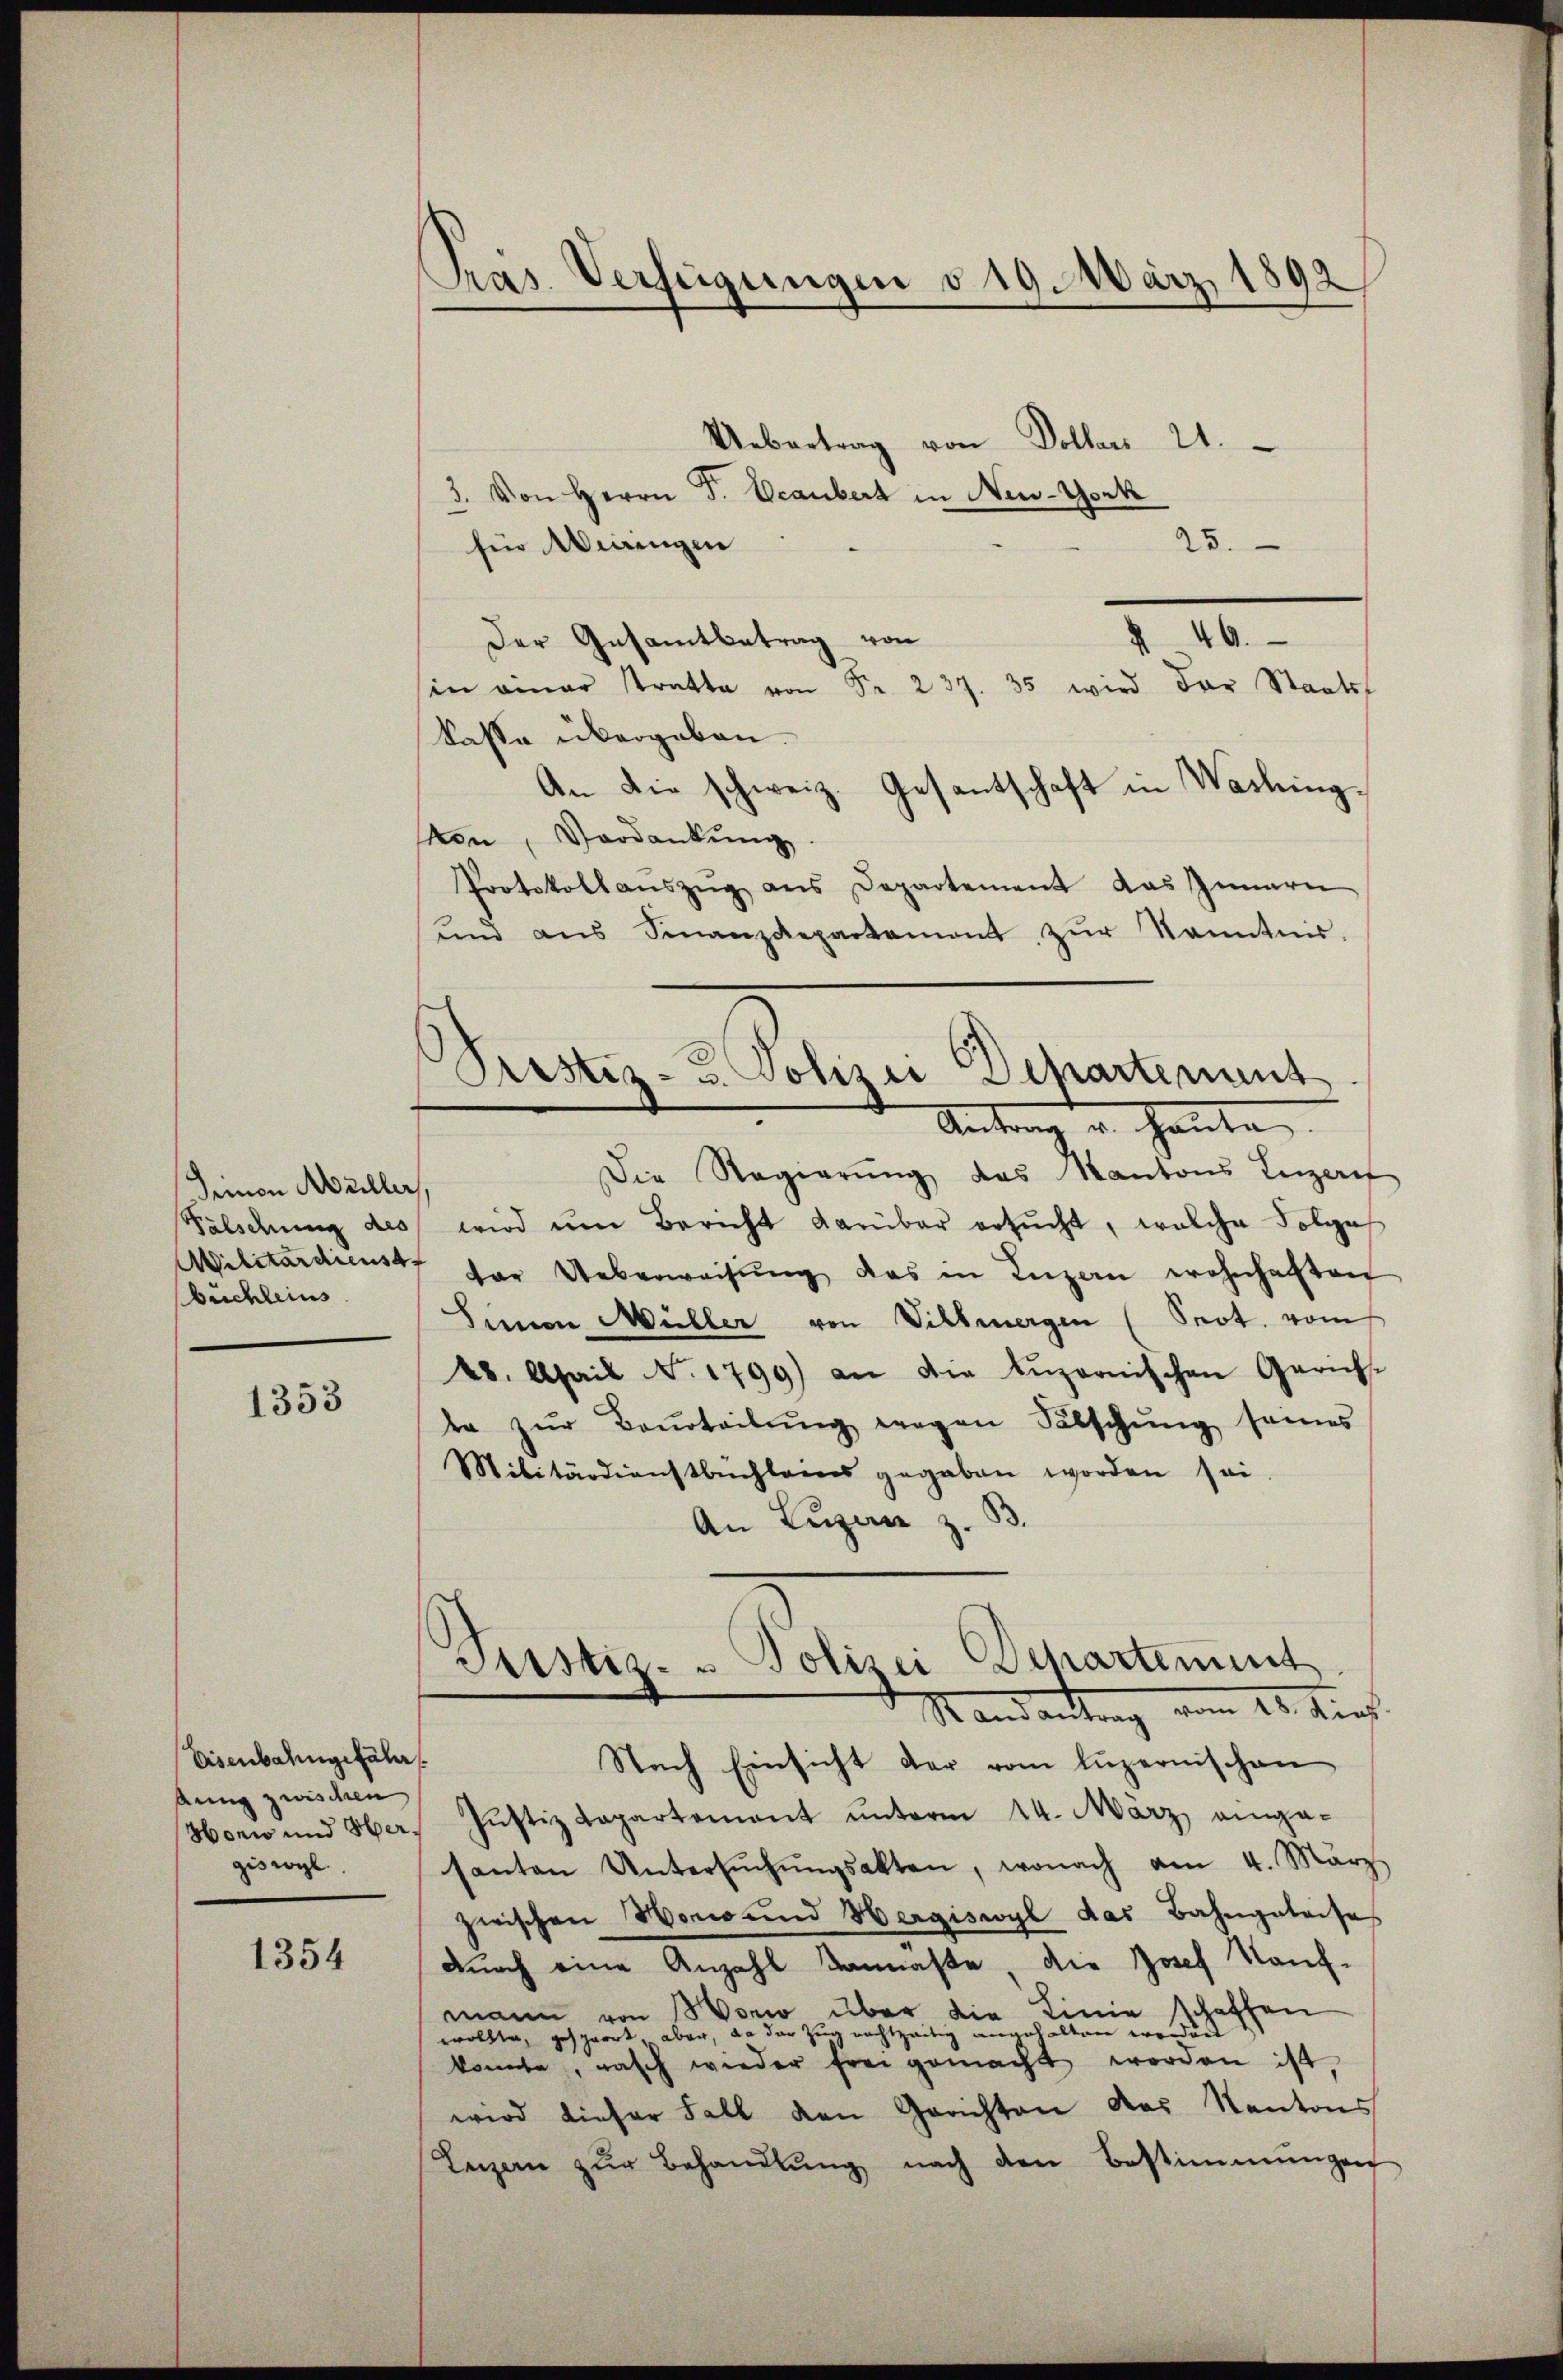
Seinen Müller,
Falschung des
Militärdienst
büchleins

1353

Eisenbahngefähr
Aung zwischen
Honio und Hergiswyl

1354

Gras Verfügungen d. 19. März 1892

Uebertrag von Dollars 21.
3. Von Herrn F. Beaubert in New-York
25.
für Wegengen
§ 46.
Der Gesamtbetrag von
in amar tratta von Fr. 237. 35 wird der Staats-
kasse übergeben.
An die schweiz. Gesantschaft in Washingvon, Verdankŭng.
Protokollanszŭg ans Departement das Innern
und aus Finanzdepartament zŭr Kenntni

3)
Prustiz- u. Polizei Departement
Unter heute

Die Regierŭng das Kantons Luzern
wird ŭm Bericht darüber ersŭcht, welche Folge
der Ueberweisŭng das in Luzern wohnhaften
Sinnen Müller von Villmergen (Prot. vom
28. April . 1799) an die Lŭzernischen Gerich-
te zŭr Beurteilŭng wegen Fälschŭng seines
Militärdienstbuchlanes gegeben worden sei.
An Luzern z. B.
Justiz- & Polizei Departement
Randantrag vom 28. Kurz.
Nach Einsicht der vom luzernischen
Jŭstiz Lapartement ŭnterm 14. März eingasanton Untersŭchŭngsakten, wonach am 4. März
zwischen Honio und Hergiswyl das Bahngeleises
durch eine Anzahl kannaste die Josef Kauf-
mann von Wono über die Linie schaffen
wollte, gesparrt aber, da der Zug nachtzeitig angehalten worden
konnte, rasch wieder frei gemacht worden ist,
wird dieser Fall den Gerichten das Kantons
Leizer zŭr Behandlŭng nach den Bestimmungen